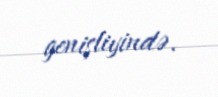
genişliyində.